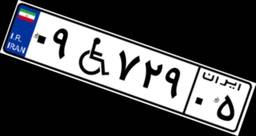
۰۹W۷۲۹۰۵